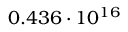
0 . 4 3 6 \cdot 1 0 ^ { 1 6 }